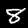
Digit: 8